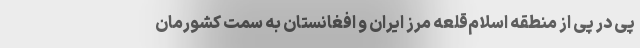
پی در پی از منطقه اسلام‌قلعه مرز ایران و افغانستان به سمت کشورمان